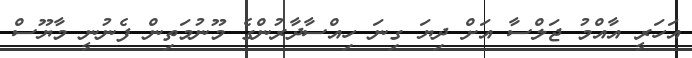
އަހަރީ އާއްމު ޖަލްސާ އަށް ދިޔަ ގިނަ ހިއްސާދާރުންގެ މޫނުމަތިން ފެނުނީ މާޔޫސް